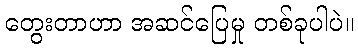
တွေးတာဟာ အဆင်ပြေမှု တစ်ခုပါပဲ။